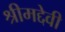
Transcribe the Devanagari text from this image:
श्रीमद्देवी